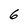
Character: 6